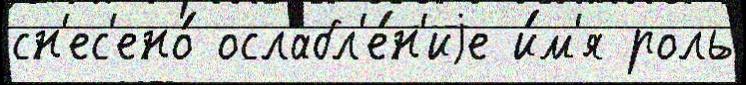
сн'ес'ено́ ослабл'е́н'иjе и́м'я роль